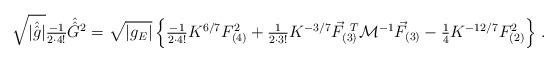
LaTeX: \begin{align*}\sqrt{|\hat{\hat{g}}|}{\textstyle\frac{-1}{2\cdot 4!}} \hat{\hat{G}}{}^{2} =\sqrt{|g_{E}|} \left\{ {\textstyle\frac{-1}{2\cdot 4!}} K^{6/7} F_{(4)}^{2}+{\textstyle\frac{1}{2\cdot 3!}}K^{-3/7} \vec{F}_{(3)}^{\ T} {\cal M}^{-1}\vec{F}_{(3)}-{\textstyle\frac{1}{4}} K^{-12/7}F_{(2)}^{2}\right\}\, .\end{align*}